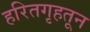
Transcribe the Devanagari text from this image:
हरितगृहतून